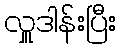
လှူဒါန်းပြီး